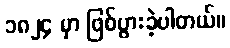
၁၈၂၄ မှာ ဖြစ်ပွားခဲ့ပါတယ်။